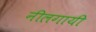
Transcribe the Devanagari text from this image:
नीलगायी